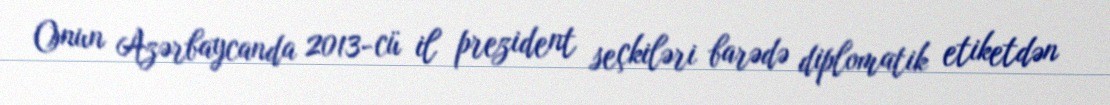
Onun Azərbaycanda 2013-cü il prezident seçkiləri barədə diplomatik etiketdən